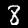
Digit: 8